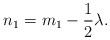
\begin{align*}n_1=m_1-\frac12 \lambda. \end{align*}